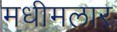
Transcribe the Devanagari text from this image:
मधीमलार